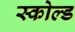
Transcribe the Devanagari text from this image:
स्कोल्ड